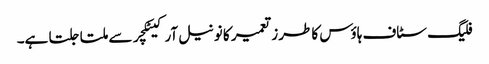
فلیگ سٹاف ہاؤس کا طرز تعمیر کا نونیل آرکیٹکچر سے ملتا جلتا ہے۔